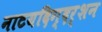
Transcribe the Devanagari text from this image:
नाटयदिग्दर्शन